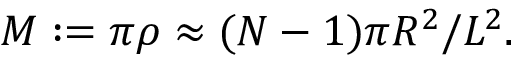
\begin{array} { r } { M : = \pi \rho \approx { ( N - 1 ) \pi R ^ { 2 } } / { L ^ { 2 } } . } \end{array}